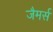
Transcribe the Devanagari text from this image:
जैमर्स